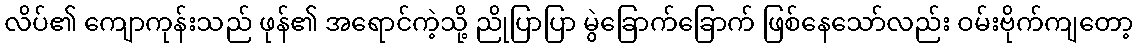
လိပ်၏ ကျောကုန်းသည် ဖုန်၏ အရောင်ကဲ့သို့ ညိုပြာပြာ မွဲခြောက်ခြောက် ဖြစ်နေသော်လည်း ဝမ်းဗိုက်ကျတော့